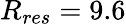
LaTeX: R_{res}=9.6